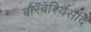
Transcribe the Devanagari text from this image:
बारबेरियंसदि